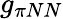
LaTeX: g_{\pi NN}